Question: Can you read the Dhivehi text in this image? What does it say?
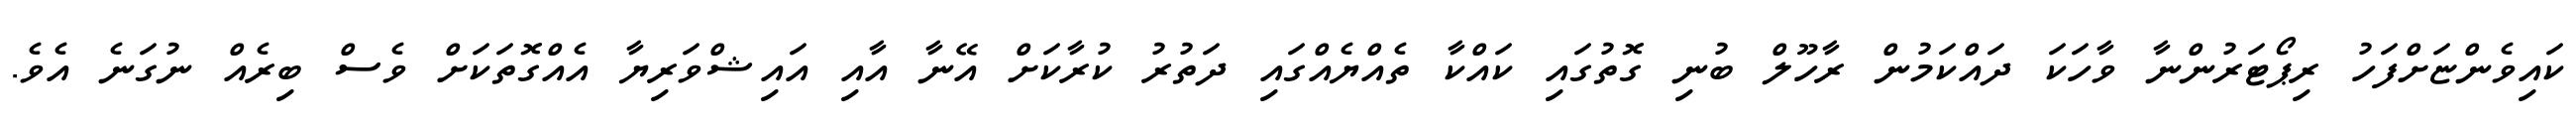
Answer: ކައިވެންޏަށްފަހު ރިޕޯޓަރުންނާ ވާހަކަ ދައްކަމުން ރާހޫލް ބުނި ގޮތުގައި ކައްކާ ތެއްޔެއްގައި ދަތުރު ކުރާކަށް އޭނާ އާއި އައިޝްވަރިޔާ އެއްގޮތަކަށް ވެސް ބިރެއް ނުގަނެ އެވެ.